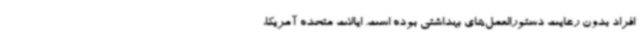
افراد بدون رعایت دستورالعمل‌های بهداشتی بوده است. ایالات متحده آمریکا،